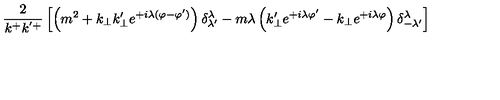
\frac { 2 } { k ^ { + } k ^ { ' + } } \left[ \left( m ^ { 2 } + k _ { \perp } k _ { \perp } ^ { \prime } e ^ { + i \lambda ( \varphi - \varphi ^ { \prime } ) } \right) \delta _ { \lambda ^ { \prime } } ^ { \lambda } - m \lambda \left( k _ { \perp } ^ { \prime } e ^ { + i \lambda \varphi ^ { \prime } } - k _ { \perp } e ^ { + i \lambda \varphi } \right) \delta _ { - \lambda ^ { \prime } } ^ { \lambda } \right]